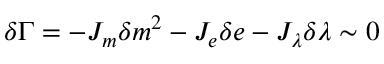
\delta \Gamma = - J _ { m } \delta m ^ { 2 } - J _ { e } \delta e - J _ { \lambda } \delta \lambda \sim 0